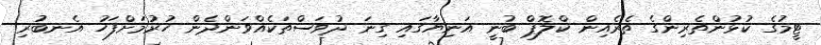
ޓީމުގެ ކުޅުންތެރިންގެ ތެރެއިން ކްލޮޕް ބުނީ އަނިޔާގައި ގިނަ ދުވަސްތަކެއްވަންދެން ހުރުމަށްފަހު އެނބުރި